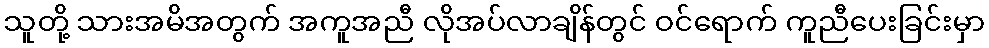
သူတို့ သားအမိအတွက် အကူအညီ လိုအပ်လာချိန်တွင် ဝင်ရောက် ကူညီပေးခြင်းမှာ